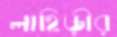
লাহিড়ীর